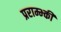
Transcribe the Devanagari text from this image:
प्रराम्भ्की